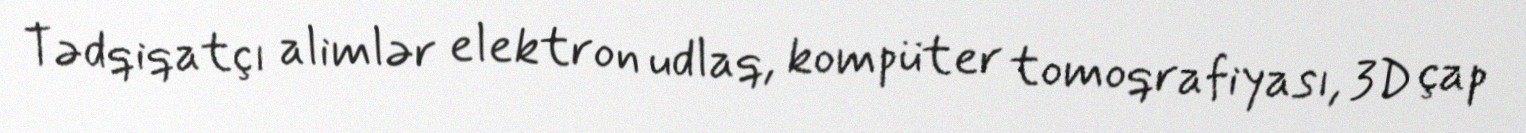
Tədqiqatçı alimlər elektron udlaq, kompüter tomoqrafiyası, 3D çap